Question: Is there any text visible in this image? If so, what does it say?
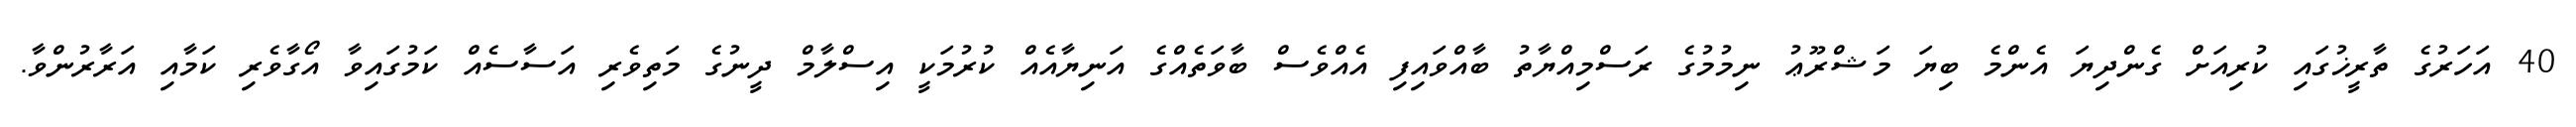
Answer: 40 އަހަރުގެ ތާރީޚުގައި ކުރިއަށް ގެންދިޔަ އެންމެ ބިޔަ މަޝްރޫޢު ނިމުމުގެ ރަސްމިއްޔާތު ބާއްވައިފި އެއްވެސް ބާވަތެއްގެ އަނިޔާއެއް ކުރުމަކީ އިސްލާމް ދީނުގެ މަތިވެރި އަސާސެއް ކަމުގައިވާ އޯގާވެރި ކަމާއި އަރާރުންވާ.